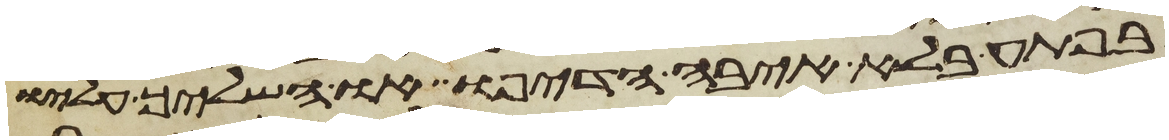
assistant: בפתע בלא איבה הדיפו או השליך עליו